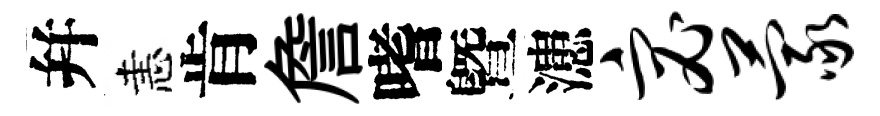
幷恚肯詹嗜曁漶宓蒙